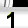
Digit: 1